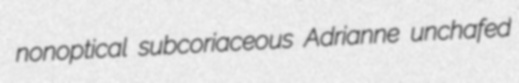
nonoptical subcoriaceous Adrianne unchafed